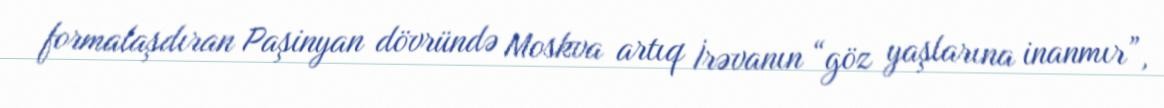
formalaşdıran Paşinyan dövründə Moskva artıq İrəvanın “göz yaşlarına inanmır”,